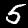
Digit: 5